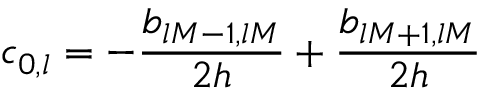
c _ { 0 , l } = - \frac { b _ { l M - 1 , l M } } { 2 h } + \frac { b _ { l M + 1 , l M } } { 2 h }